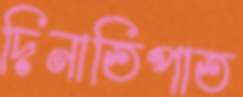
দিনাতিপাত